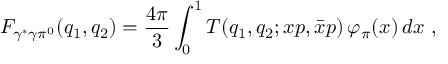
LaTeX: F _ { \gamma ^ { * } \gamma \pi ^ { 0 } } ( q _ { 1 } , q _ { 2 } ) = \frac { 4 \pi } { 3 } \int _ { 0 } ^ { 1 } T ( q _ { 1 } , q _ { 2 } ; x p , \bar { x } p ) \, \varphi _ { \pi } ( x ) \, d x \ ,